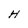
Character: H